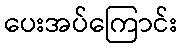
ပေးအပ်ကြောင်း